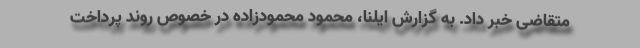
متقاضی خبر داد. به گزارش ایلنا، محمود محمودزاده در خصوص روند پرداخت